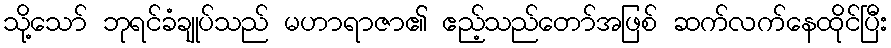
သို့သော် ဘုရင်ခံချုပ်သည် မဟာရာဇာ၏ ဧည့်သည်တော်အဖြစ် ဆက်လက်နေထိုင်ပြီး